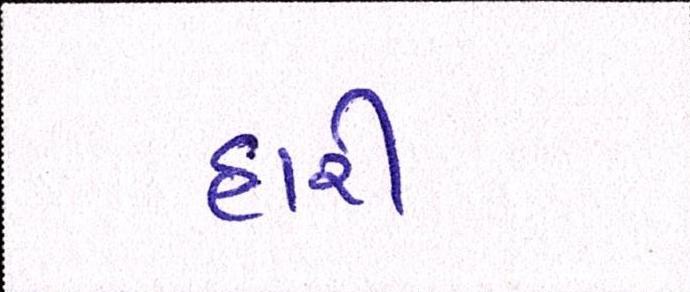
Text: હારી